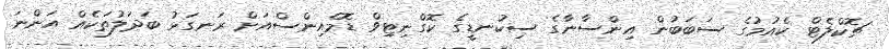
ޗޮކްލެޓް ކެއުމުގެ ސަބަބުން އިންސާނާގެ ސިކުނޑީގެ ކޮގްނިޓިވް ޑޮމެއިންސްއަށް ރަނގަޅު ބަދަލުތަކެއް އަންނަ